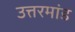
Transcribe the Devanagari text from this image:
उत्तरमांड